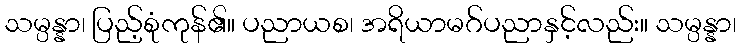
သမ္ပန္နာ၊ ပြည့်စုံကုန်၏။ ပညာယစ၊ အရိယာမဂ်ပညာနှင့်လည်း။ သမ္ပန္နာ၊